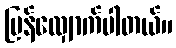
ပြန်လျှောက်ပါတယ်။